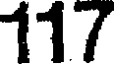
117